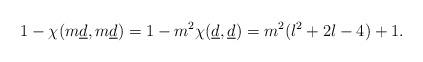
LaTeX: \begin{align*}1 - \chi(m \underline{d}, m \underline{d}) = 1 - m^2 \chi(\underline{d}, \underline{d})=m^2(l^2+2l-4)+1.\end{align*}